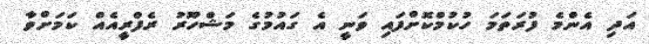
އަދި އެންމެ ފުރަތަމަ ހުކުމްކޮށްފައި ވަނީ އެ ގައުމުގެ މަޝްހޫރު ރެފްރީއެއް ކަމަށްވާ